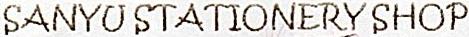
SANYU STATIONERY SHOP